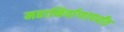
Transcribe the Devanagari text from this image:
महानिर्वाणापर्यंत